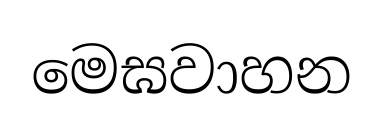
මෙඝවාහන